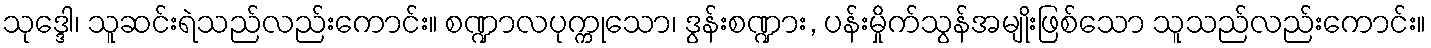
သုဒ္ဒေါ၊ သူဆင်းရဲသည်လည်းကောင်း။ စဏ္ဍာလပုက္ကုသော၊ ဒွန်းစဏ္ဍား, ပန်းမှိုက်သွန်အမျိုးဖြစ်သော သူသည်လည်းကောင်း။